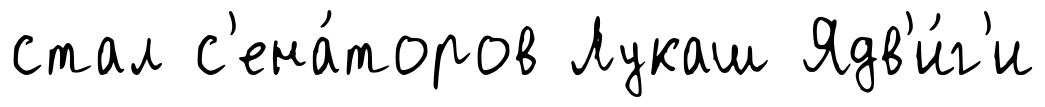
стал с'ена́торов Лукаш Ядв'и́г'и